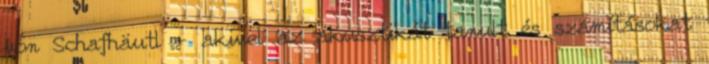
von Schafhäutl - akivel az akusztikát tanult és számításokat